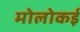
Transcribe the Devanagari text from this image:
मोलोकई